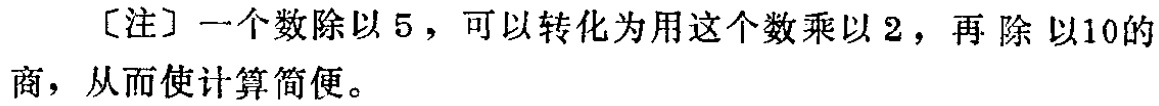
[注] 一个数除以 \(5\)，可以转化为用这个数乘以 \(2\)，再除以 \(10\)的商，从而使计算简便。